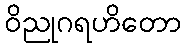
ဝိညုဂရဟိတော